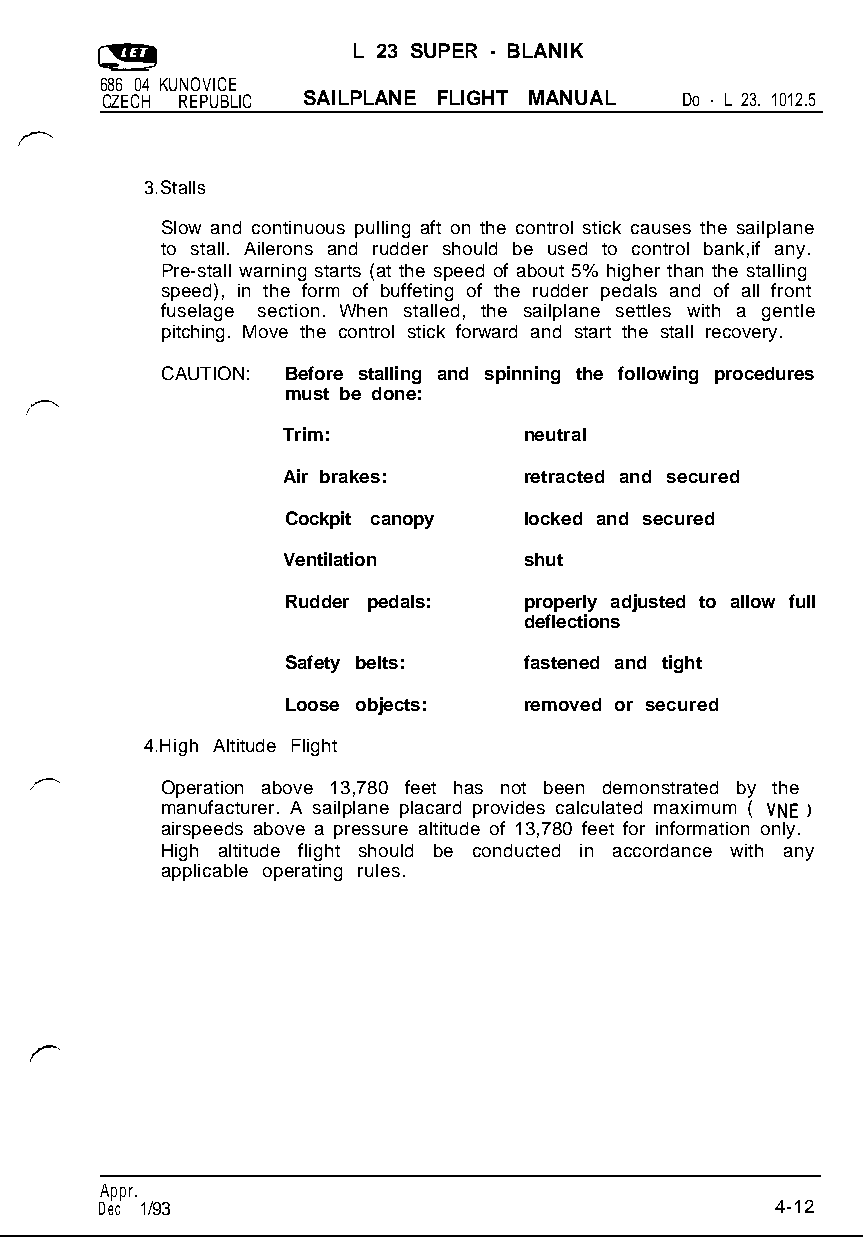
L 23 SUPER - BLANIK
 686 04 KUNOVICE
 CZECH REPUBLIC SAILPLANE FLIGHT MANUAL Do - L 23. 1012.5
 3.Stalls
 Slow and continuous pulling aft on the control stick causes the sailplane
 to stall. Ailerons and rudder should be used to control bank,if any.
 Pre-stall warning starts (at the speed of about 5% higher than the stalling
 speed), in the form of buffeting of the rudder pedals and of all front
 fuselage section. When stalled, the sailplane settles with a gentle
 pitching. Move the control stick forward and start the stall recovery.
 CAUTION: Before stalling and spinning the following procedures
 must be done:
 Trim:           neutral
 Air brakes:     retracted and secured
 Cockpit canopy  locked and secured
 Ventilation     shut
 Rudder pedals:  properly adjusted to allow full
 deflections
 Safety belts:   fastened and tight
 Loose objects:  removed or secured
 4.High Altitude Flight
 Operation above 13,780 feet has not been demonstrated by the
 manufacturer. A sailplane placard provides calculated maximum ( WE )
 airspeeds above a pressure altitude of 13,780 feet for information only.
 High altitude flight should be conducted in accordance with any
 applicable operating rules.
 Appr.
 Dec 1/93                                    4-12